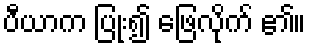
ပီယာက ပြုံး၍ ဖြေလိုက် ၏။